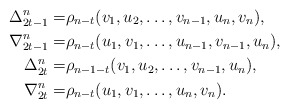
\begin{align*} \Delta^n_{2t-1}=& \rho_{n-t}(v_1,u_2,\ldots,v_{n-1},u_n,v_n), \\ \nabla^n_{2t-1}=& \rho_{n-t}(u_1,v_1,\ldots,u_{n-1},v_{n-1},u_n), \\ \Delta^n_{2t}=& \rho_{n-1-t}(v_1,u_2,\ldots,v_{n-1},u_n), \\ \nabla^n_{2t}=& \rho_{n-t}(u_1,v_1,\ldots,u_n,v_n). \end{align*}